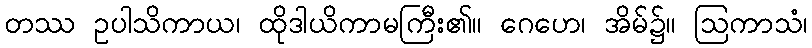
တဿ ဥပါသိကာယ၊ ထိုဒါယိကာမကြီး၏။ ဂေဟေ၊ အိမ်၌။ ဩကာသံ၊